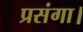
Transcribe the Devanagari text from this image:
प्रसंगा।